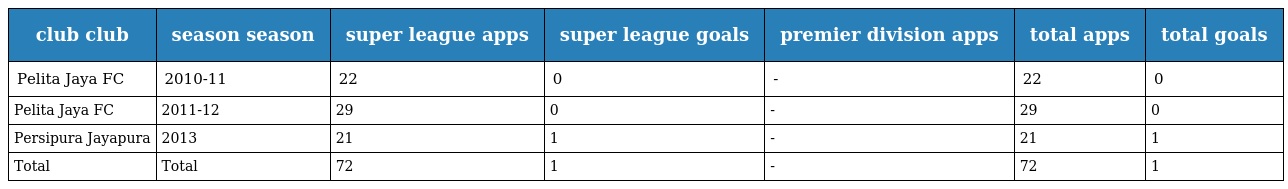
| club club | season season | super league apps | super league goals | premier division apps | total apps | total goals |
 | --- | --- | --- | --- | --- | --- | --- |
 | Pelita Jaya FC | 2010-11 | 22 | 0 | - | 22 | 0 |
 | Pelita Jaya FC | 2011-12 | 29 | 0 | - | 29 | 0 |
 | Persipura Jayapura | 2013 | 21 | 1 | - | 21 | 1 |
 | Total | Total | 72 | 1 | - | 72 | 1 |